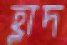
হ্লাদ